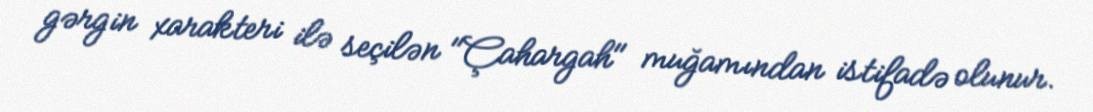
gərgin xarakteri ilə seçilən "Çahargah" muğamından istifadə olunur.